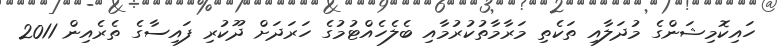
ހައިކޮމިޝަންގެ މުދަލާއި ތަކެތި މަރާމާތުކުރުމާއި ބެލެހެއްޓުމުގެ ހަރަދަށް ދޫކުރި ފައިސާގެ ތެރެއިން 2011